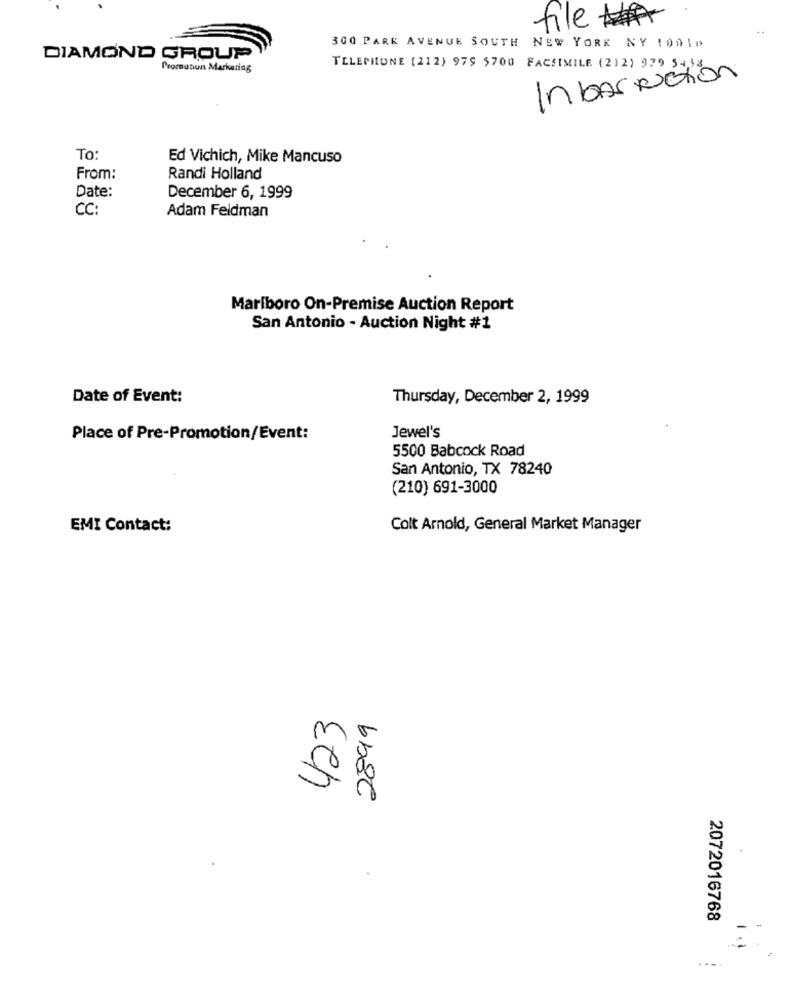
file
300 PARK AVENUE SOUTH NEW YORK NY LODID
DIAMOND GROUP
Promosun Marketing
TELEPHONE (212) 979 5700 FACSIMILE (2)2) 979 5418
Inbastuction
To:
Ed Vichich, Mike Mancuso
From:
Randi Holland
Date:
December 6, 1999
CC:
Adam Feldman
Marlboro On-Premise Auction Report
San Antonio - Auction Night #1
Date of Event:
Thursday, December 2, 1999
Place of Pre-Promotion/Event:
Jewel's
5500 Babcock Road
San Antonio, TX 78240
(210) 691-3000
EMI Contact:
Colt Arnold, General Market Manager
423
bb8C
2072016768
....